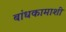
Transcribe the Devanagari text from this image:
बांधकामाशी